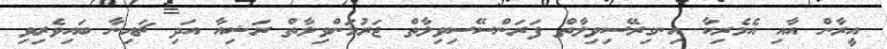
އީރާން އާއި އެމެރިކާ އިނގިރޭސިވިލާތް ފަރަންސޭސިވިލާތް ޖަރުމަންވިލާތް ރަޝިއާ އަދި ޗައިނާ ބައިވެރިވި